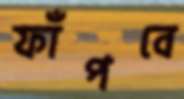
ফাঁপবে